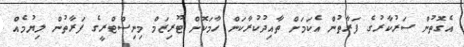
އެގޮތުން ސަރުކާރުގެ ފަރާތުން އެކަމަށް ތާއިދުކުރާކަން ހާމަކޮށް ޓޫރިޒަމް މިނިސްޓްރީގެ ފަރާތުން ލިޔުމެއް